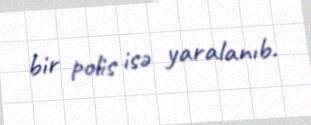
bir polis isə yaralanıb.